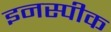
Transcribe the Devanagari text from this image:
इनस्पीक